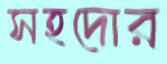
সহদোর